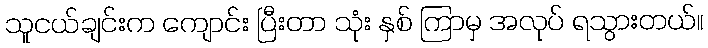
သူငယ်ချင်းက ကျောင်း ပြီးတာ သုံး နှစ် ကြာမှ အလုပ် ရသွားတယ်။